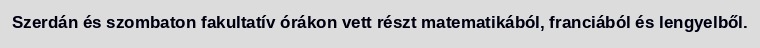
Szerdán és szombaton fakultatív órákon vett részt matematikából, franciából és lengyelből.